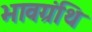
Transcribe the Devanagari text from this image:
भावग्रंथि